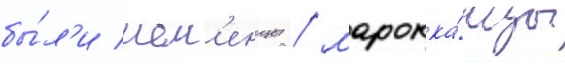
бы́л'и ием'енцы / марокка́нцы